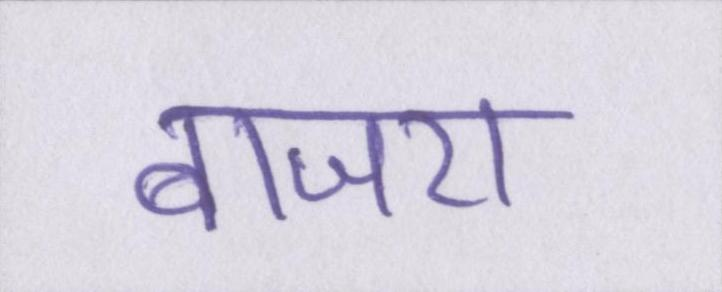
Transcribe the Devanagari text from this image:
बाजरा